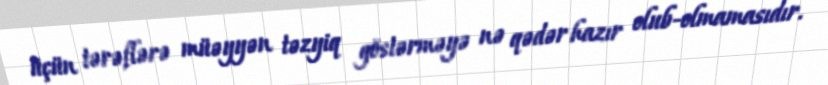
üçün tərəflərə müəyyən təzyiq göstərməyə nə qədər hazır olub-olmamasıdır.